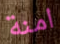
امنة